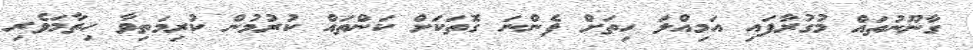
ގާނޫނުތައް މުގުރާފައި އަމިއްލަ ހިތަށް ފެންނަ ގޮތަކަށް ކަންތައް ކުރުމުން ކުރިމަތިވާ ހިތާމަވެރި